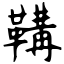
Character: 鞲